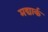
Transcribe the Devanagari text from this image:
मद्यार्क